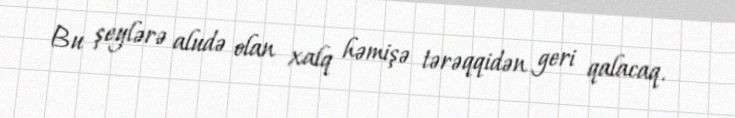
Bu şeylərə aludə olan xalq həmişə tərəqqidən geri qalacaq.